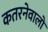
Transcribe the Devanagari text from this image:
कतरनेवालों